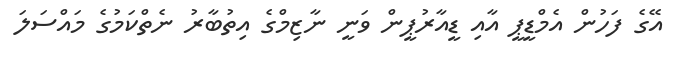
އޭގެ ފަހުން އެމްޑީޕީ އާއި ޑީއާރުޕީން ވަނީ ނާޒިމްގެ އިތުބާރު ނެތްކަމުގެ މައްސަލަ